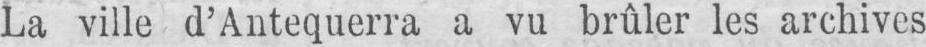
La ville d’Antequerra a vu brûler les archives